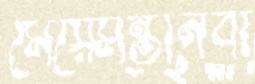
মেয়েসন্তানবী